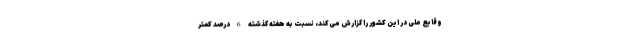
وقایع ملی در این کشور را گزارش می‌کند، نسبت به هفته گذشته 6 درصد کمتر